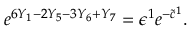
e ^ { 6 Y _ { 1 } - 2 Y _ { 5 } - 3 Y _ { 6 } + Y _ { 7 } } = \epsilon ^ { 1 } e ^ { - \tilde { c } ^ { 1 } } .